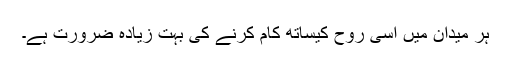
ہر میدان میں اسی روح کیساتھ کام کرنے کی بہت زیادہ ضرورت ہے۔